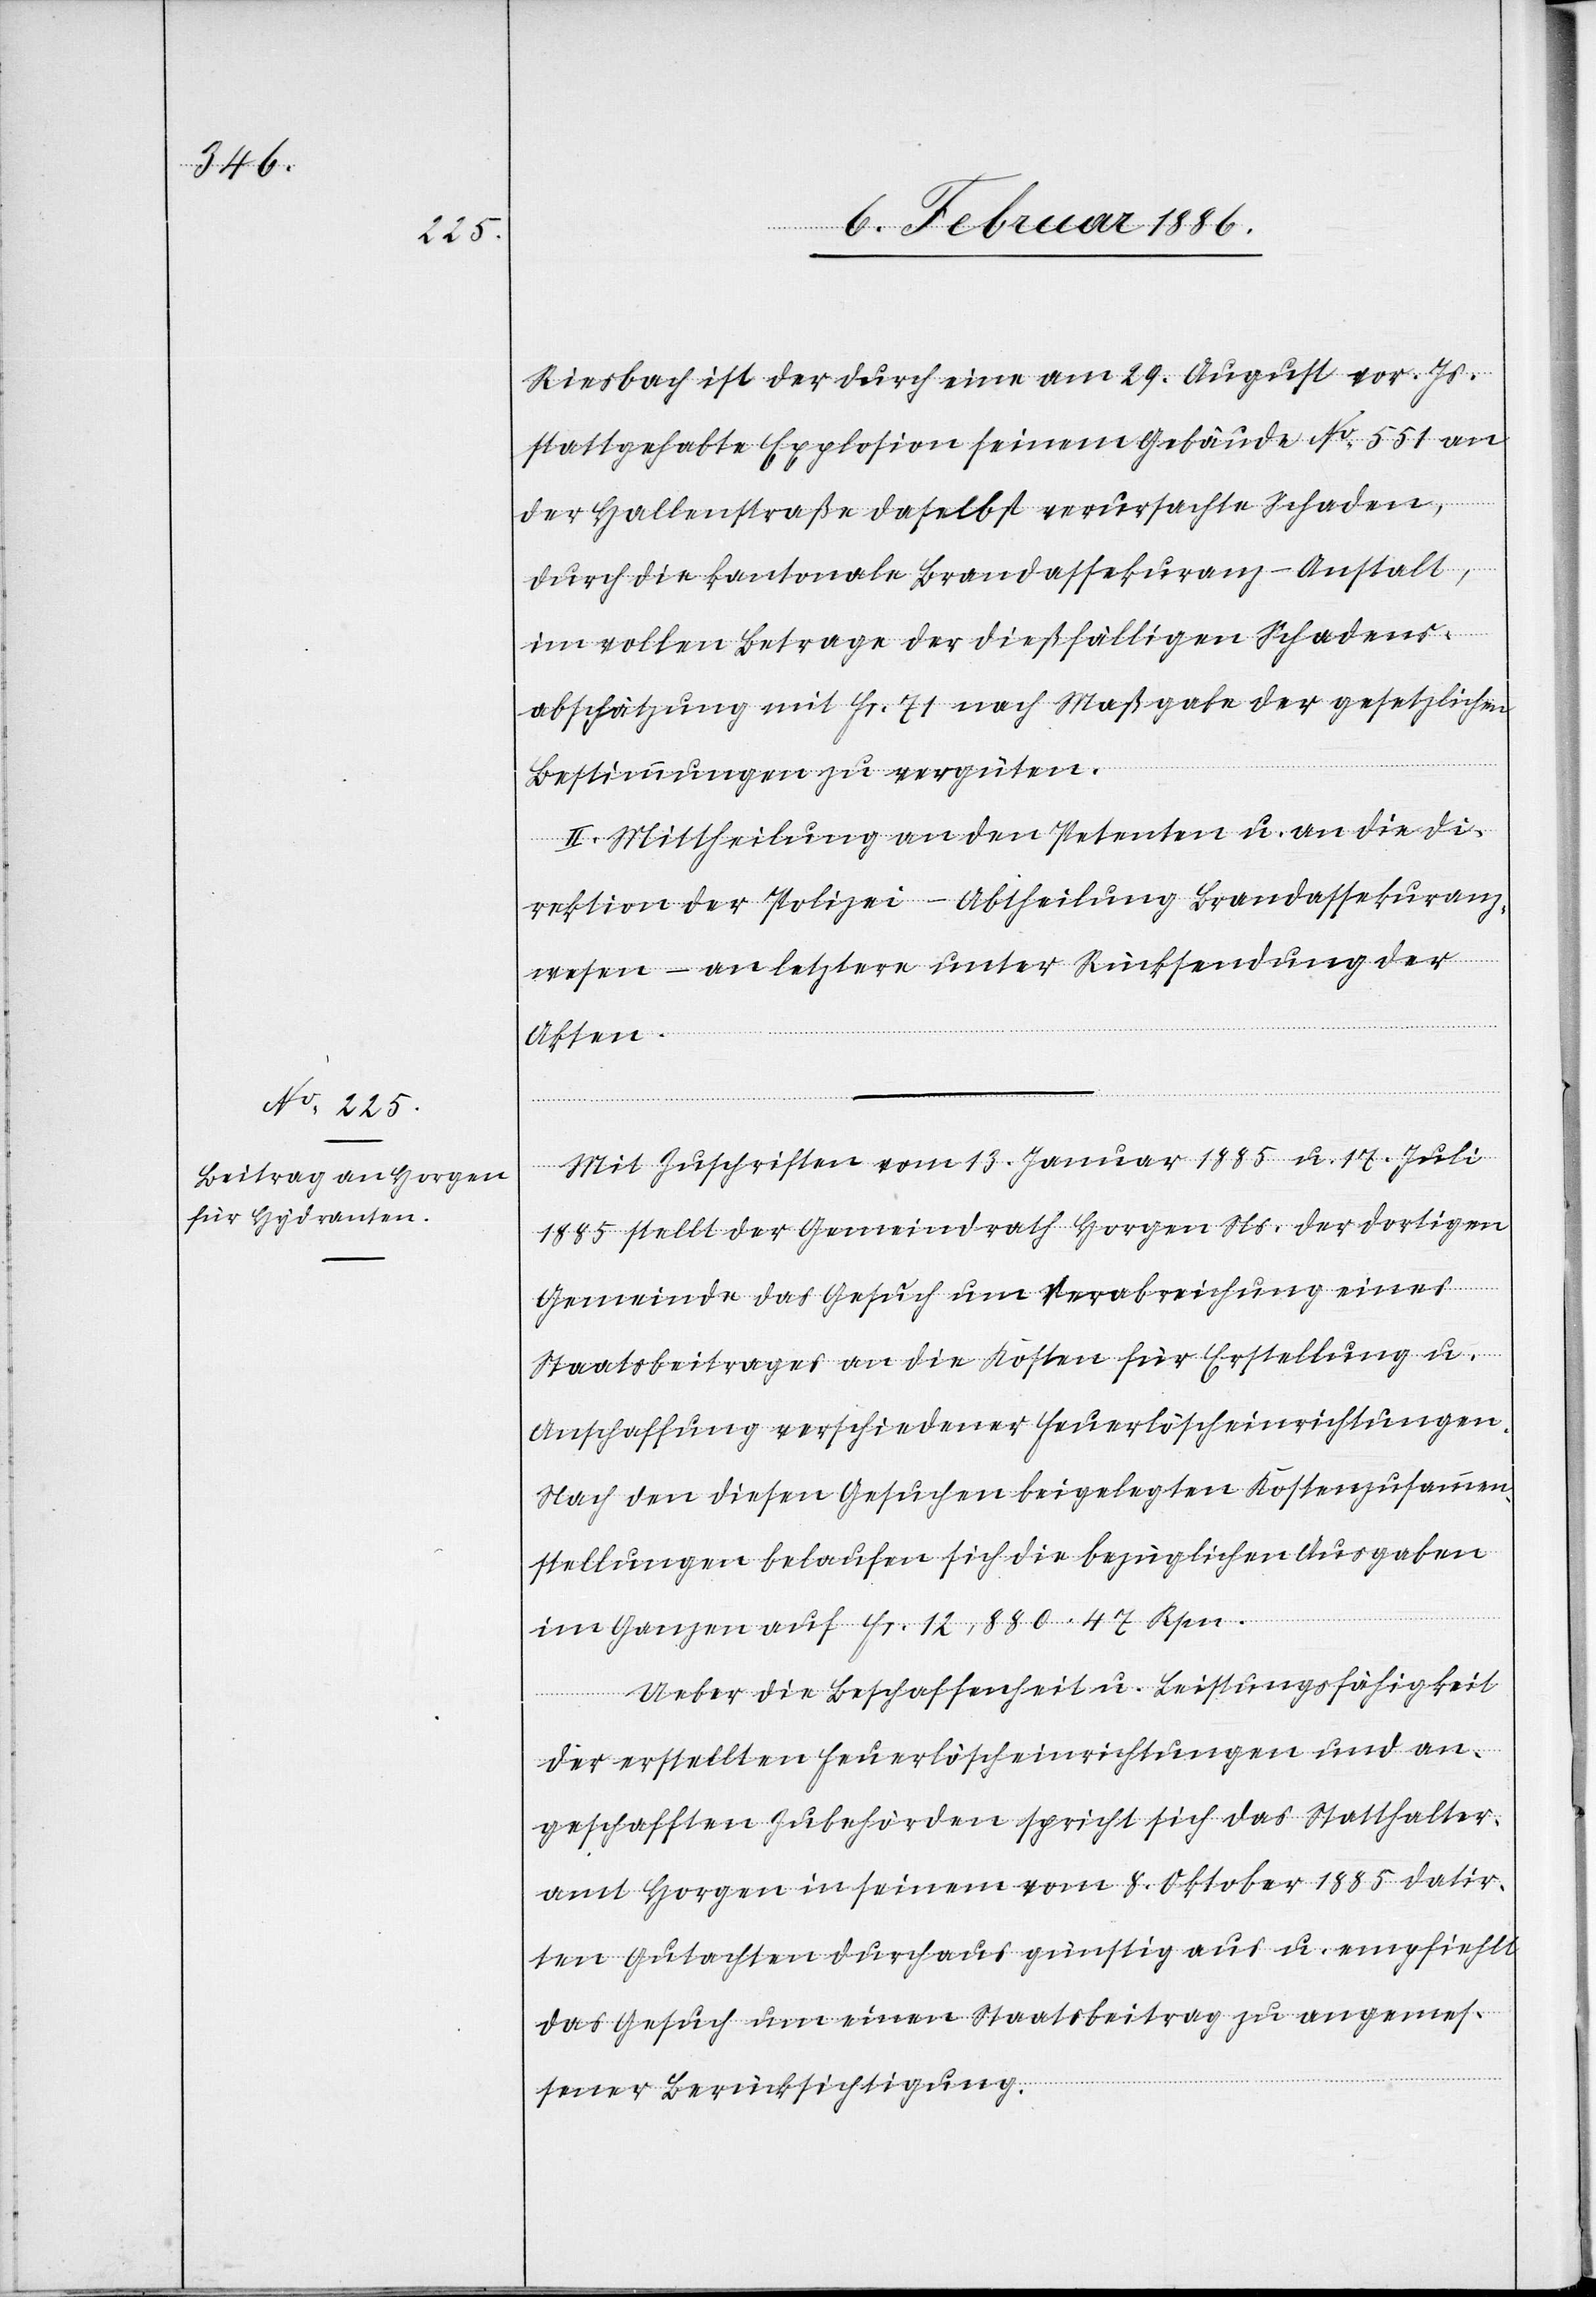
Riesbach ist der durch eine am 29. August vor. Js.
stattgehabte Explosion seinem Gebäude No. 551 an
der Hallenstraße daselbst verursachte Schaden,
durch die kantonale Brandassekuranz-Anstalt,
in vollem Betrage der dießfälligen Schadens¬
abschätzung mit Fr. 71 nach Maßgabe der gesetzlichen
Bestimmungen zu vergüten.
II. Mittheilung an den Petenten u. an die Di¬
rektion der Polizei – Abtheilung Brandassekuranz¬
wesen – an letztere unter Rücksendung der
Akten.
Mit Zuschrift vom 13. Januar 1885 u. 17 Juli
1885 stellt der Gemeindrath Horgen Ns. der dortigen
Gemeinde das Gesuch um Verabreichung eines
Staatsbeitrages an die Kosten für Erstellung u.
Anschaffung verschiedener Feuerlöscheinrichtungen.
Nach den diesen Gesuchen beigelegten Kostenzusammen¬
stellungen belaufen sich die bezüglichen Ausgaben
im Ganzen auf Fr. 12,880. 47 Rpn.
Ueber die Beschaffenheit u. Leistungsfähigkeit
der erstellten Feuerlöscheinrichtungen und an¬
geschafften Zubehörden spricht sich das Statthalter¬
amt Horgen in seinem vom 8. Oktober 1885 datir¬
ten Gutachten durchaus günstig aus u. empfiehlt
das Gesuch um einen Staatsbeitrag zu angemes¬
sener Berücksichtigung.